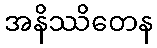
အနိဿိတေန